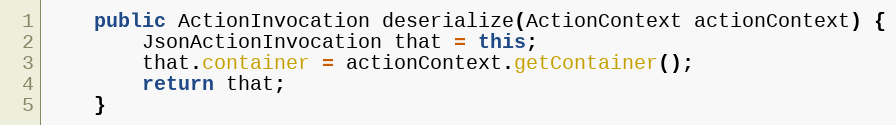
Language: Java
	public ActionInvocation deserialize(ActionContext actionContext) {
		JsonActionInvocation that = this;
		that.container = actionContext.getContainer();
		return that;
	}